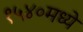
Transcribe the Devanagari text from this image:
१५४०मध्ये